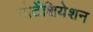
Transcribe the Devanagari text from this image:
पोटेंशियेशन